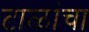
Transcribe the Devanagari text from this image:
टाळांचा